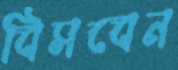
বিসবেন